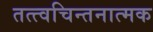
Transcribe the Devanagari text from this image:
तत्त्वचिन्तनात्मक